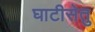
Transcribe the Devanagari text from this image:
घाटीसेतु